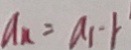
a _ { n } = a _ { 1 } - 1